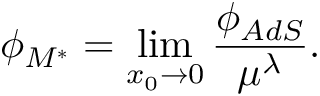
\phi _ { \cal M ^ { * } } = \operatorname * { l i m } _ { x _ { 0 } \to 0 } { \frac { \phi _ { A d S } } { \mu ^ { \lambda } } } .